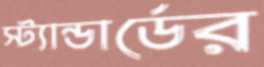
স্ট্যান্ডার্ডের